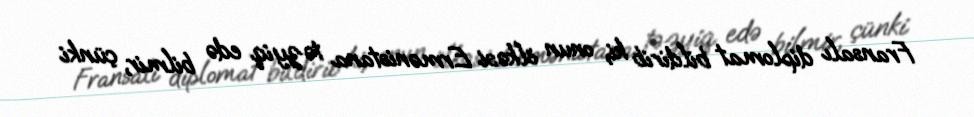
Fransalı diplomat bildirib ki, onun ölkəsi Ermənistana təzyiq edə bilmir, çünki